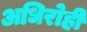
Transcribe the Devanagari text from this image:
अधिरोही